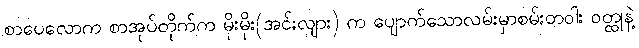
စာပေလောက စာအုပ်တိုက်က မိုးမိုး(အင်းလျား) က ပျောက်သောလမ်းမှာစမ်းတဝါး ဝတ္ထုနဲ့